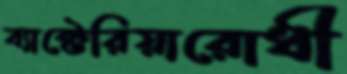
ব্যাক্টেরিয়ারোধী